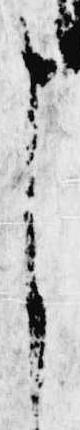
申